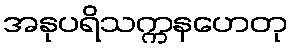
အနုပရိသက္ကနဟေတု